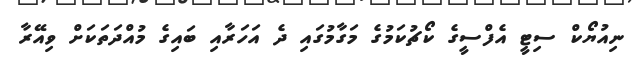
ނިއުޔޯކް ސިޓީ އެފްސީގެ ކޯޗުކަމުގެ މަގާމުގައި ދެ އަހަރާއި ބައިގެ މުއްދަތަކަށް ވިއޭރާ